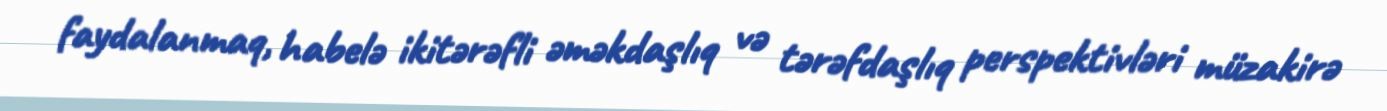
faydalanmaq, habelə ikitərəfli əməkdaşlıq və tərəfdaşlıq perspektivləri müzakirə